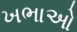
ખભાઓ